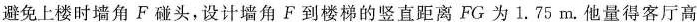
避免上楼时墙角F碰头，设计墙角F到楼梯的竖直距离FG为1.75m.他量得客厅高